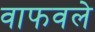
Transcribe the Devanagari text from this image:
वाफवले